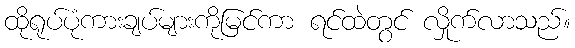
ထိုရုပ်ပုံကားချပ်များကိုမြင်ကာ ရင်ထဲတွင် လှိုက်လာသည်။